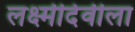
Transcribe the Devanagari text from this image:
लक्ष्मीदेवीला